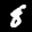
Label: 8